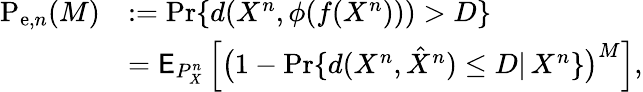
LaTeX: \begin{array}{rl}{\mathrm{P}_{\mathrm{e},n}(M)}&{:=\operatorname*{Pr}\{ d(X^{n},\phi(f(X^{n})))>D\} }\\ &{=\mathsf{E}_{P_{X}^{n}}\left[\big(1-\operatorname*{Pr}\{ d(X^{n},\hat{X}^{n})\leq D|\, X^{n}\} \big)^{M}\right],}\end{array}